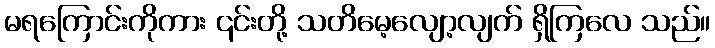
မရကြောင်းကိုကား ၎င်းတို့ သတိမေ့လျော့လျက် ရှိကြလေ သည်။